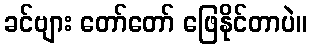
ခင်ဗျား တော်တော် ဖြေနိုင်တာပဲ။